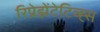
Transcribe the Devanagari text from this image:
रिप्रेझेंटेटिव्ह्स